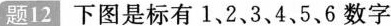
题12下图是标有1、2、3、4，5、6数字